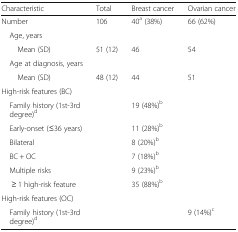
<table><thead><tr><td><b>Characteristic</b></td><td><b>Total</b></td><td><b>Breast cancer</b></td><td><b>Ovarian cancer</b></td></tr></thead><tbody><tr><td>Number</td><td>106</td><td>40<sup>a</sup> (38%)</td><td>66 (62%)</td></tr><tr><td colspan="4"> Age, years</td></tr><tr><td>Mean (SD)</td><td>51 (12)</td><td>46</td><td>54</td></tr><tr><td colspan="4"> Age at diagnosis, years</td></tr><tr><td>Mean (SD)</td><td>48 (12)</td><td>44</td><td>51</td></tr><tr><td colspan="4">High-risk features (BC)</td></tr><tr><td> Family history (1st-3rd degree)<sup>d</sup></td><td></td><td>19 (48%)<sup>b</sup></td><td></td></tr><tr><td> Early-onset (≤36 years)</td><td></td><td>11 (28%)<sup>b</sup></td><td></td></tr><tr><td> Bilateral</td><td></td><td>8 (20%)<sup>b</sup></td><td></td></tr><tr><td> BC + OC</td><td></td><td>7 (18%)<sup>b</sup></td><td></td></tr><tr><td> Multiple risks</td><td></td><td>9 (23%)<sup>b</sup></td><td></td></tr><tr><td>≥ 1 high-risk feature</td><td></td><td>35 (88%)<sup>b</sup></td><td></td></tr><tr><td colspan="4">High-risk features (OC)</td></tr><tr><td> Family history (1st-3rd degree)<sup>d</sup></td><td></td><td></td><td>9 (14%)<sup>c</sup></td></tr></tbody></table>